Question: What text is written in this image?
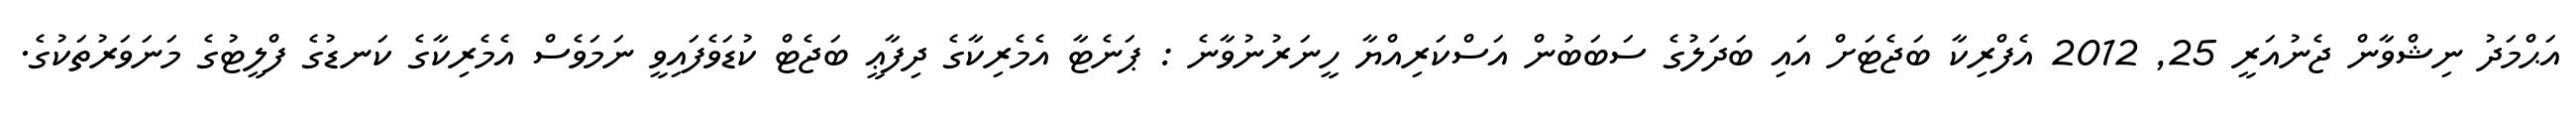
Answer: އަޙްމަދު ނިޝްވާން ޖެނުއަރީ 25, 2012 އެފްރިކާ ބަޖެޓަށް އައި ބަދަލުގެ ސަބަބުން އަސްކަރިއްޔާ ހީނަރުނުވާނެ : ޕަނެޓާ އެމެރިކާގެ ދިފާޢީ ބަޖެޓް ކުޑަވެފައިވީ ނަމަވެސް އެމެރިކާގެ ކަނޑުގެ ފްލީޓުގެ މަނަވަރުތަކުގެ.